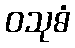
ဝသုဓံ